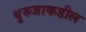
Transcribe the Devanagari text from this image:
बुरुजाकडील